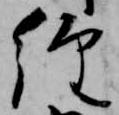
経